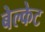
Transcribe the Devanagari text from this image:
बेल्केट